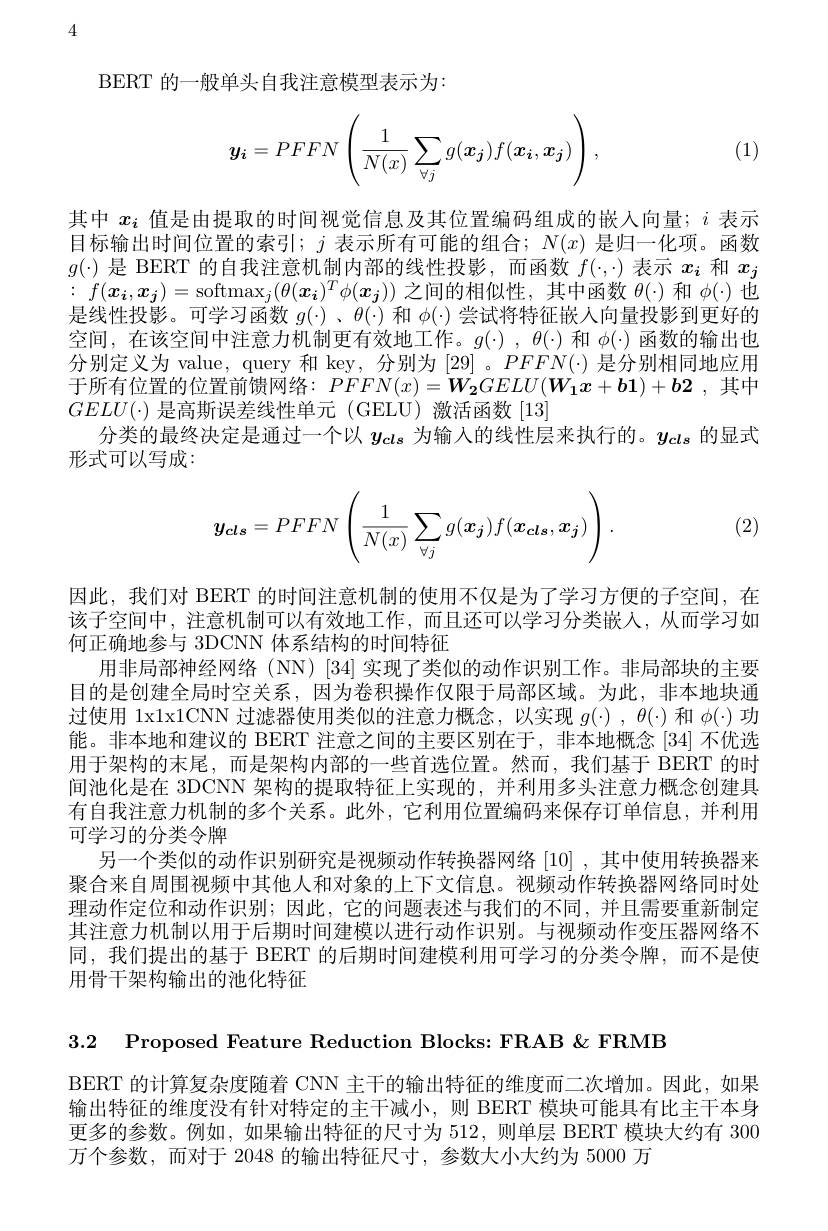
4

BERT 的一般单头自我注意模型表示为：
$$\boldsymbol{y_i}=PFFN\left(\frac{1}{N(x)}\sum_{\forall j}g(\boldsymbol{x_j})f(\boldsymbol{x_i},\boldsymbol{x_j})\right),$$
(1)

其中$x_i$值是由提取的时间视觉信息及其位置编码组成的嵌人向量；$i$表示目标输出时间位置的索引；$j$表示所有可能的组合；$N(x)$是归一化项。函数$g(\cdot)$是 BERT 的自我注意机制内部的线性投影，而函数$f(\cdot,\cdot)$表示$x_i$和$x_j$ : $f( \boldsymbol{\underset i{x}}, \boldsymbol{\underset j{x}}) = \operatorname { softmax} _j( \theta ( \boldsymbol{\underset i{x}}) ^T\phi ( \boldsymbol{\underset j{x}}) )$之间的相似性，其中函数$\theta(\cdot)$和$\phi(\cdot)$也是线性投影。可学习函数$g(\cdot)$ 、$\theta(\cdot)$和$\phi(\cdot)$尝试将特征嵌入向量投影到更好的空间，在该空间中注意力机制更有效地工作。$g(\cdot),\theta(\cdot)$和$\phi(\cdot)$函数的输出也分别定义为 value, query 和 key, 分别为 [29]。PFFN(·)是分别相同地应用于所有位置的位置前馈网络：$PFFN(x)=\boldsymbol{W_{2}}GELU(\boldsymbol{W_{1}}x+\boldsymbol{b_{1}})+\boldsymbol{b_{2}}$ ,其中$GELU(\cdot)$是高斯误差线性单元 (GELU)激活函数[13]
分类的最终决定是通过一个以$y_{cls}$为输入的线性层来执行的。$y_{cls}$的显式
形式可以写成：

(2)
$$\boldsymbol{y_{cls}}=PFFN\left(\frac{1}{N(x)}\sum_{\forall j}g(\boldsymbol{x_{j}})f(\boldsymbol{x_{cls}},\boldsymbol{x_{j}})\right).$$
因此，我们对 BERT 的时间注意机制的使用不仅是为了学习方便的子空间，在该子空间中，注意机制可以有效地工作，而且还可以学习分类嵌人，从而学习如何正确地参与 3DCNN 体系结构的时间特征
用非局部神经网络(NN)[34]实现了类似的动作识别工作。非局部块的主要目的是创建全局时空关系，因为卷积操作仅限于局部区域。为此，非本地块通过使用 1x1x1CNN 过滤器使用类似的注意力概念，以实现$g(\cdot),\theta(\cdot)$和$\phi(\cdot)$功能。非本地和建议的 BERT 注意之间的主要区别在于，非本地概念 [34] 不优选用于架构的末尾，而是架构内部的一些首选位置。然而，我们基于 BERT 的时间池化是在 3DCNN 架构的提取特征上实现的，并利用多头注意力概念创建具有自我注意力机制的多个关系。此外，它利用位置编码来保存订单信息，并利用可学习的分类令牌
另一个类似的动作识别研究是视频动作转换器网络[10],其中使用转换器来聚合来自周围视频中其他人和对象的上下文信息。视频动作转换器网络同时处理动作定位和动作识别；因此，它的问题表述与我们的不同，并且需要重新制定其注意力机制以用于后期时间建模以进行动作识别。与视频动作变压器网络不同，我们提出的基于 BERT 的后期时间建模利用可学习的分类令牌，而不是使用骨干架构输出的池化特征

3.2 Proposed Feature Reduction Blocks: FRAB&FRMB

BERT 的计算复杂度随着 CNN 主干的输出特征的维度而二次增加。因此，如果输出特征的维度没有针对特定的主干减小，则 BERT 模块可能具有比主干本身更多的参数。例如，如果输出特征的尺寸为 512, 则单层 BERT 模块大约有 300万个参数，而对于 2048 的输出特征尺寸，参数大小大约为 5000 万